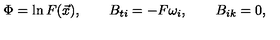
\Phi = \ln F ( \vec { x } ) , \qquad B _ { t i } = - F \omega _ { i } , \qquad B _ { i k } = 0 ,